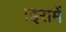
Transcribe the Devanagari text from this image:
।इसमें